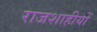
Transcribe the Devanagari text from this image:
राजशाहीयों